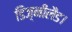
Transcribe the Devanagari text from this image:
डिज़्नीलैंड।